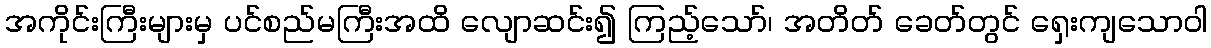
အကိုင်းကြီးများမှ ပင်စည်မကြီးအထိ လျောဆင်း၍ ကြည့်သော်၊ အတိတ် ခေတ်တွင် ရှေးကျသောဝါ